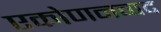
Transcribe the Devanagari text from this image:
एकोणनव्वद